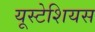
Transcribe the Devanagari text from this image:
यूस्टेशियस